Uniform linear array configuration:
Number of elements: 64
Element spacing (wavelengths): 0.5
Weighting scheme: uniform
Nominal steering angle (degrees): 0
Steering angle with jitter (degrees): -0.6416
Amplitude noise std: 0.05
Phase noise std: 0.05

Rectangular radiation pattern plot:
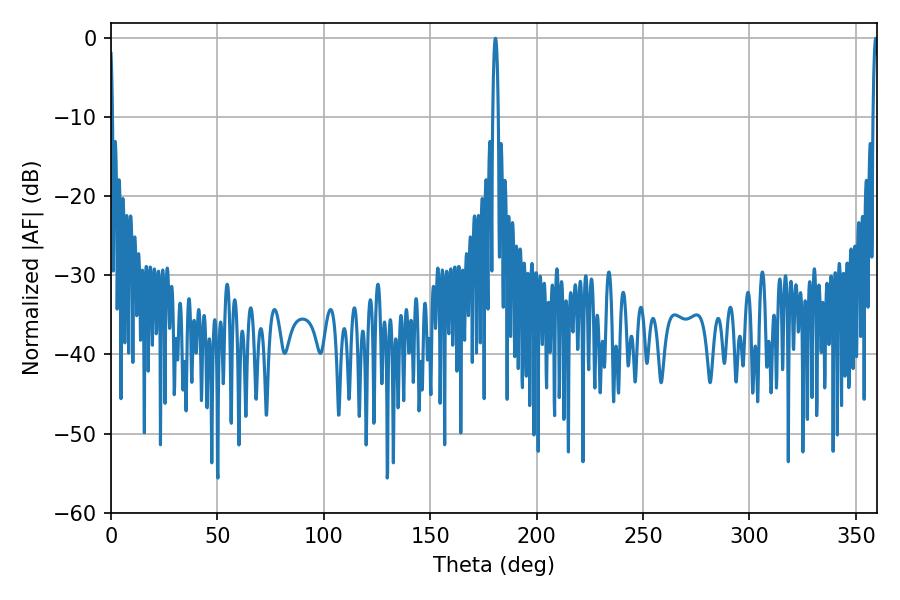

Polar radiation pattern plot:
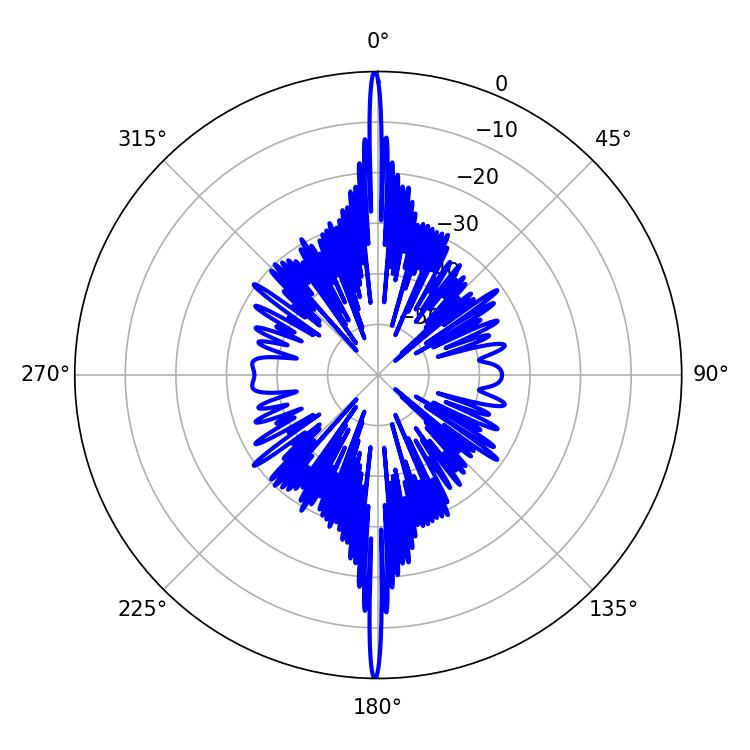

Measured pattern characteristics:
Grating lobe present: FALSE
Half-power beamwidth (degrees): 1.44
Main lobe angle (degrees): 359.28